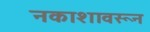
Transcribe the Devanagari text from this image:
नकाशावरून